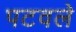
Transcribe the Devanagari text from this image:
पटवले